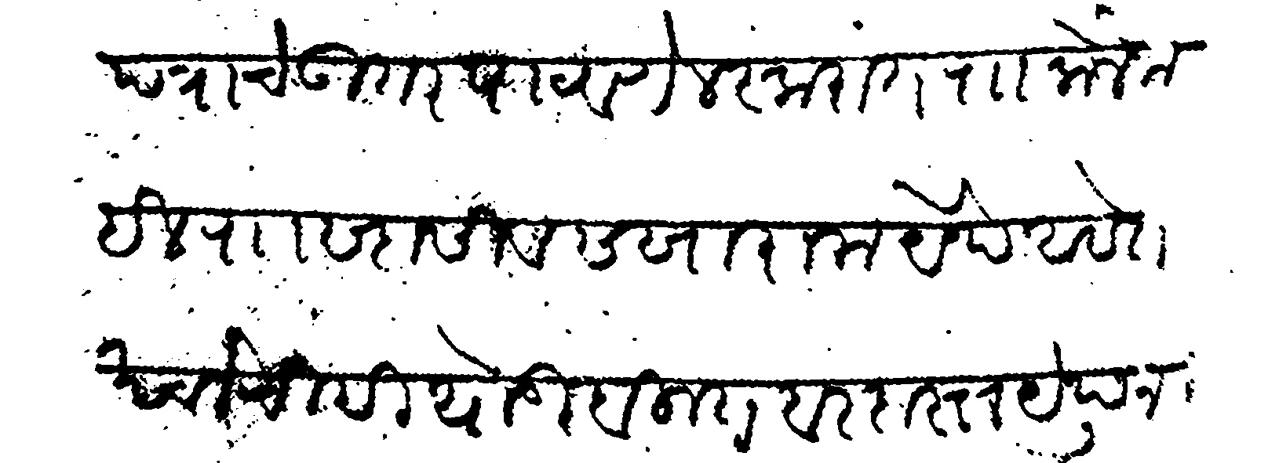
Transliteration (Devanagari): पत्राचे उतर पाठवणे लस्करात र केले जाइल रा सदासिव सखाराम येथे आहेत खर्चाची ही थोडी बहुत बरदास्त येथून